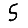
Digit: 5